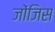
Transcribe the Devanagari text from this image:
जोंजिस